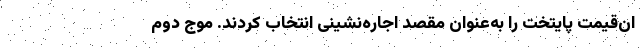
ان‌‌قیمت پایتخت را به‌عنوان مقصد اجاره‌‌نشینی انتخاب کردند. موج دوم